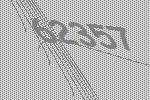
62357